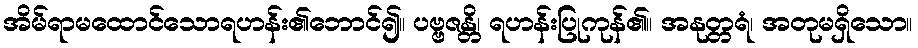
အိမ်ရာမထောင်သောရဟန်း၏ဘောင်၍။ ပဗ္ဗဇန္တိ၊ ရဟန်းပြုကုန်၏။ အနုတ္တရံ၊ အတုမရှိသော။